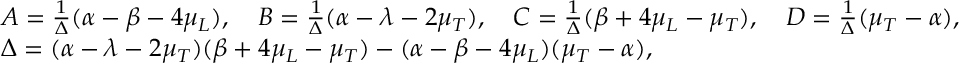
\begin{array} { r l } & { A = \frac { 1 } { \Delta } ( \alpha - \beta - 4 \mu _ { L } ) , \quad B = \frac { 1 } { \Delta } ( \alpha - \lambda - 2 \mu _ { T } ) , \quad C = \frac { 1 } { \Delta } ( \beta + 4 \mu _ { L } - \mu _ { T } ) , \quad D = \frac { 1 } { \Delta } ( \mu _ { T } - \alpha ) , } \\ & { \Delta = ( \alpha - \lambda - 2 \mu _ { T } ) ( \beta + 4 \mu _ { L } - \mu _ { T } ) - ( \alpha - \beta - 4 \mu _ { L } ) ( \mu _ { T } - \alpha ) , } \end{array}